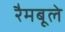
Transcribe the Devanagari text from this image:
रैमबूले